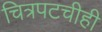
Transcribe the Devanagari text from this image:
चित्रपटचीही